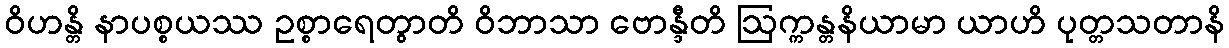
ဝိဟန္တိ နာပစ္စယဿ ဥစ္စာရေတွာတိ ဝိဘာသာ ဗောန္ဒီတိ ဩက္ကန္တနိယာမာ ယာဟိ ပုတ္တသတာနိ